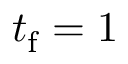
t _ { \mathrm { f } } = 1